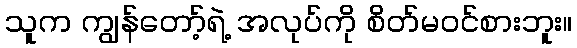
သူက ကျွန်တော့်ရဲ့ အလုပ်ကို စိတ်မဝင်စားဘူး။